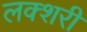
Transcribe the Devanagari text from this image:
लक्शरी